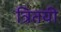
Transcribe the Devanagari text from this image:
त्रितयी